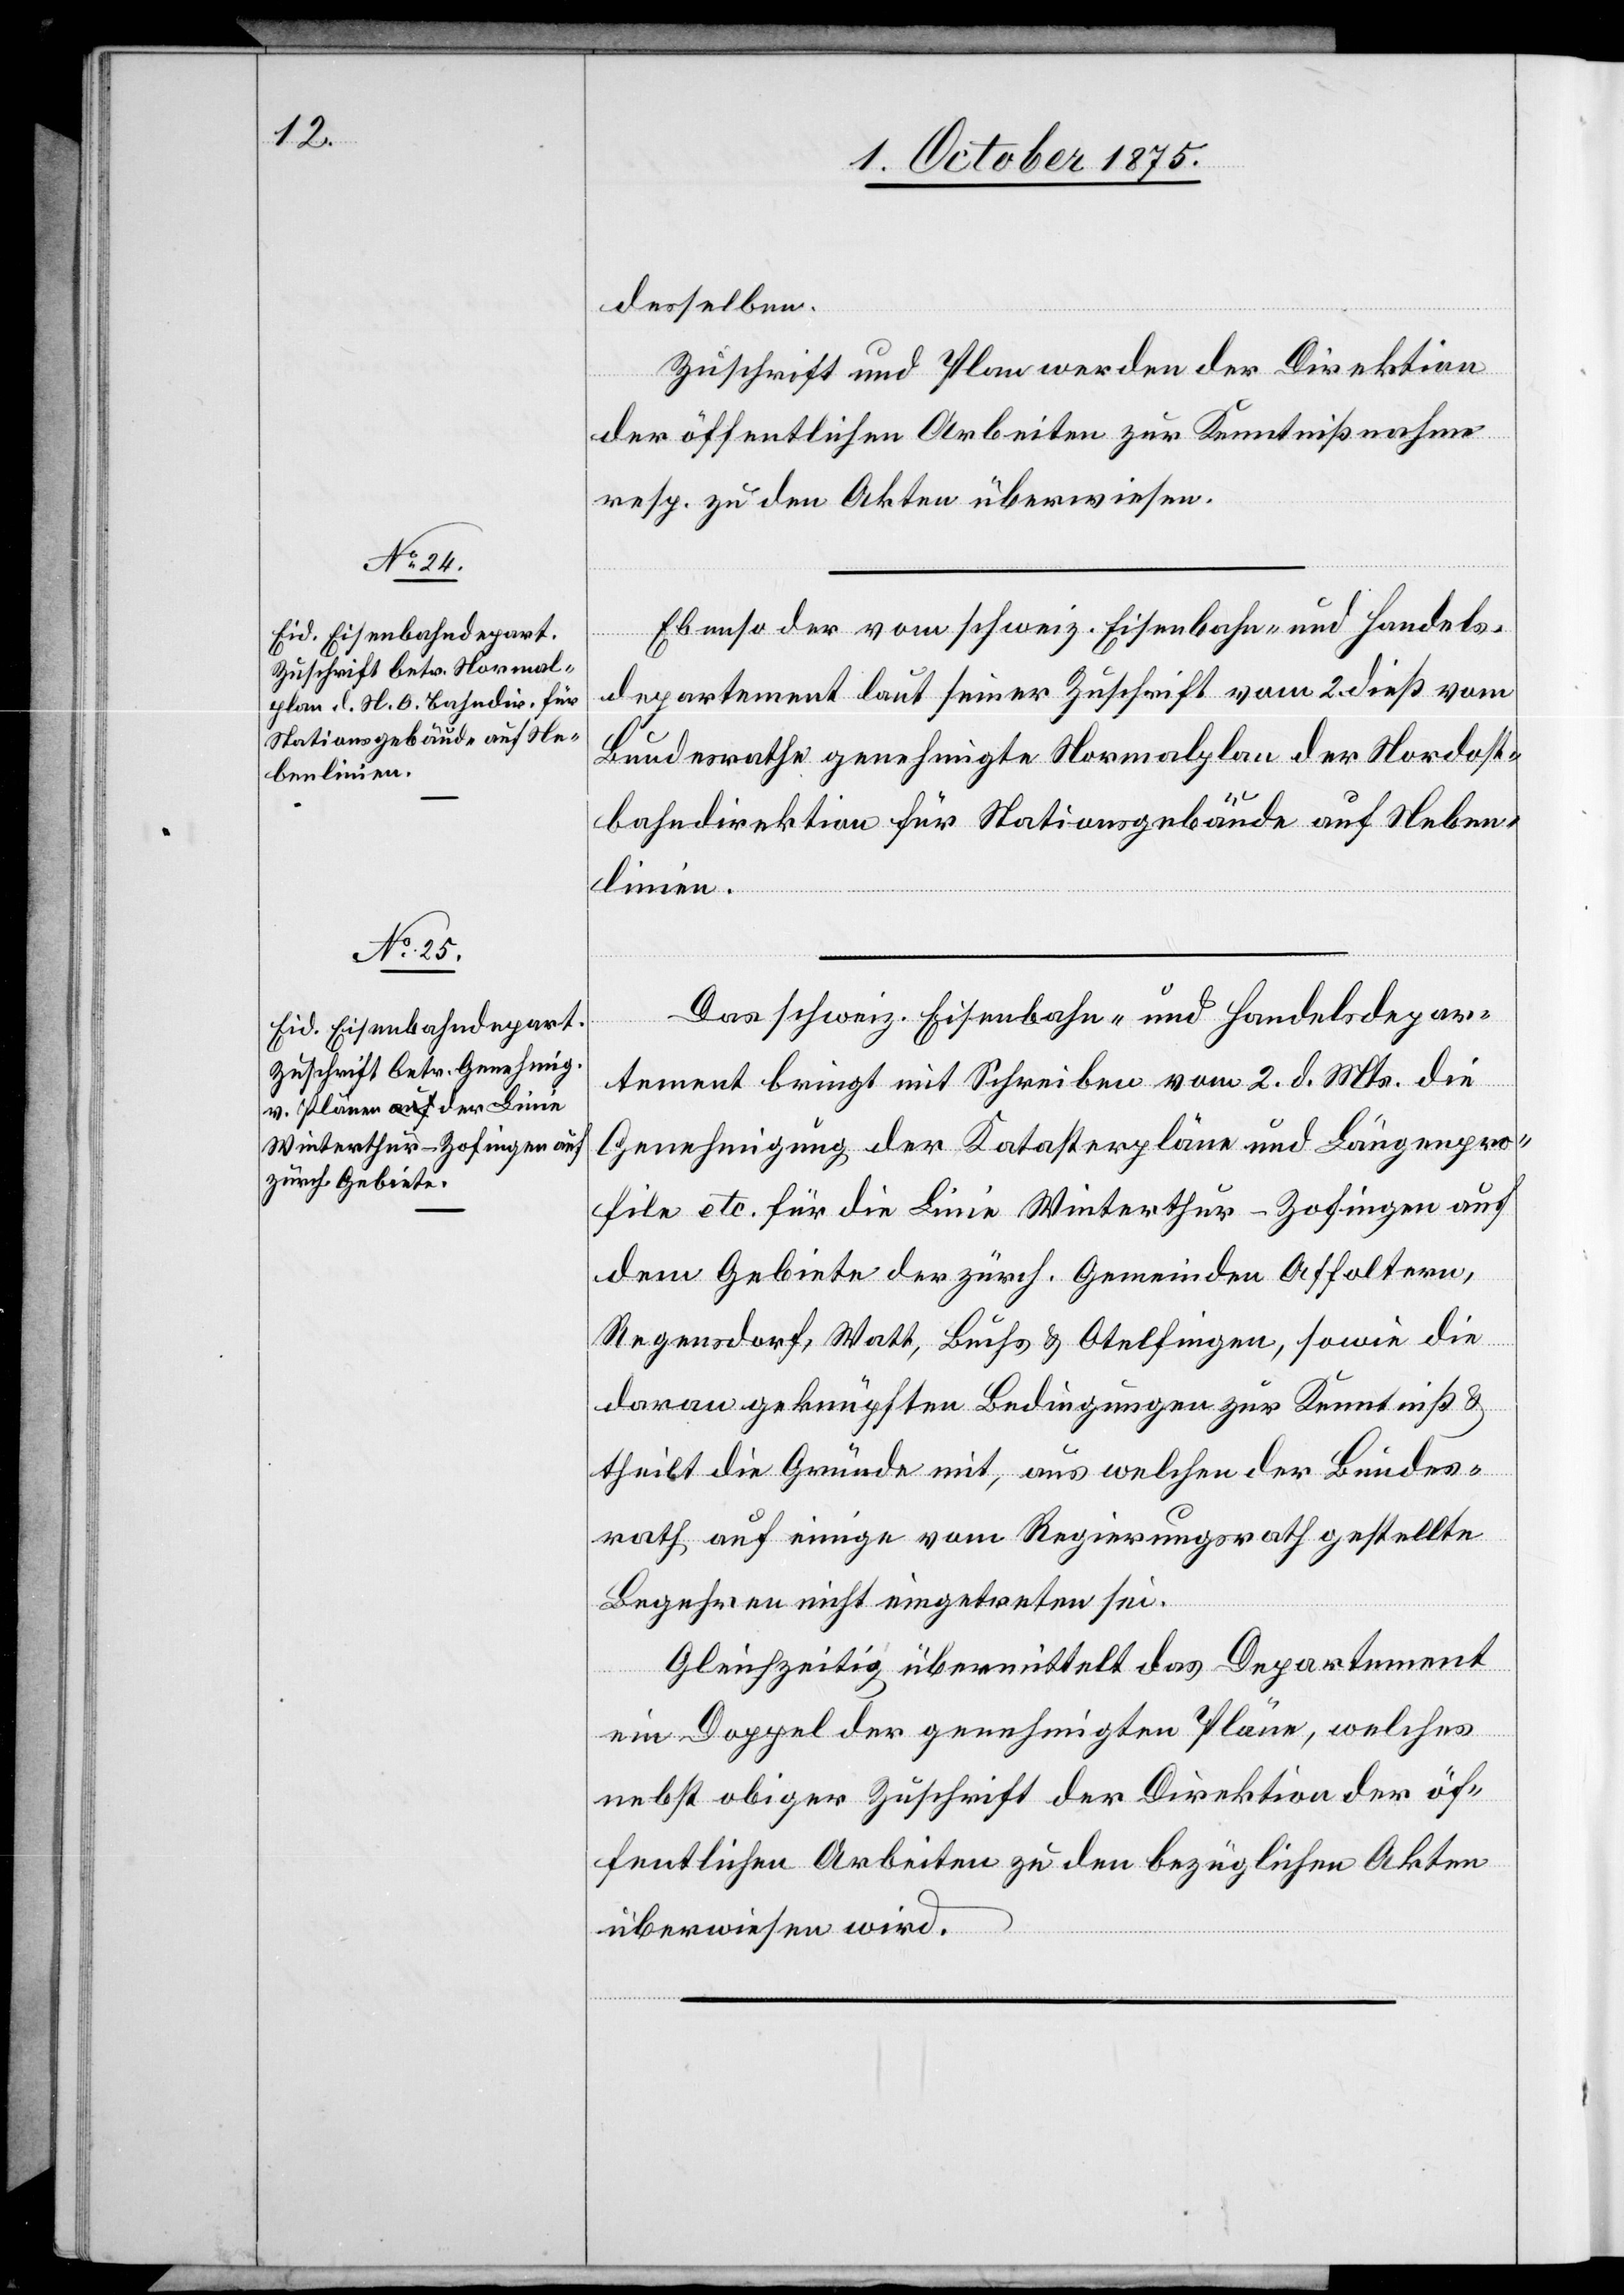
6. October 1875.]
desselben.
Zuschrift und Plan werden der Direktion
der öffentlichen Arbeiten zur Kenntnißnahme
resp. zu den Akten überwiesen.
Ebenso der vom schweiz. Eisenbahn- und Handels¬
departement laut seiner Zuschrift vom 2. dieß vom
Bundesrathe genehmigte Normalplan der Nordost¬
bahndirektion für Stationsgebäude auf Neben¬
linien.
Das schweiz. Eisenbahn- und Handelsdepar¬
tement bringt mit Schreiben vom 2. d. Mts. die
Genehmigung der Katasterpläne und Längenpro¬
file etc. für die Linie Winterthur–Zofingen auf
dem Gebiete der zürch. Gemeinden Affoltern,
Regensdorf, Watt, Buchs & Otelfingen, sowie die
daran geknüpften Bedingungen zur Kenntniß &
theilt die Gründe mit, aus welchen der Bundes¬
rath auf einige vom Regierungsrath gestellte
Begehren nicht eingetreten sei.
Gleichzeitig übermittelt das Departement
ein Doppel der genehmigten Pläne, welches
nebst obiger Zuschrift der Direktion der öf¬
fentlichen Arbeiten zu den bezüglichen Akten
überwiesen wird.